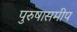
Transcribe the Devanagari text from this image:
पुरुषासमीप